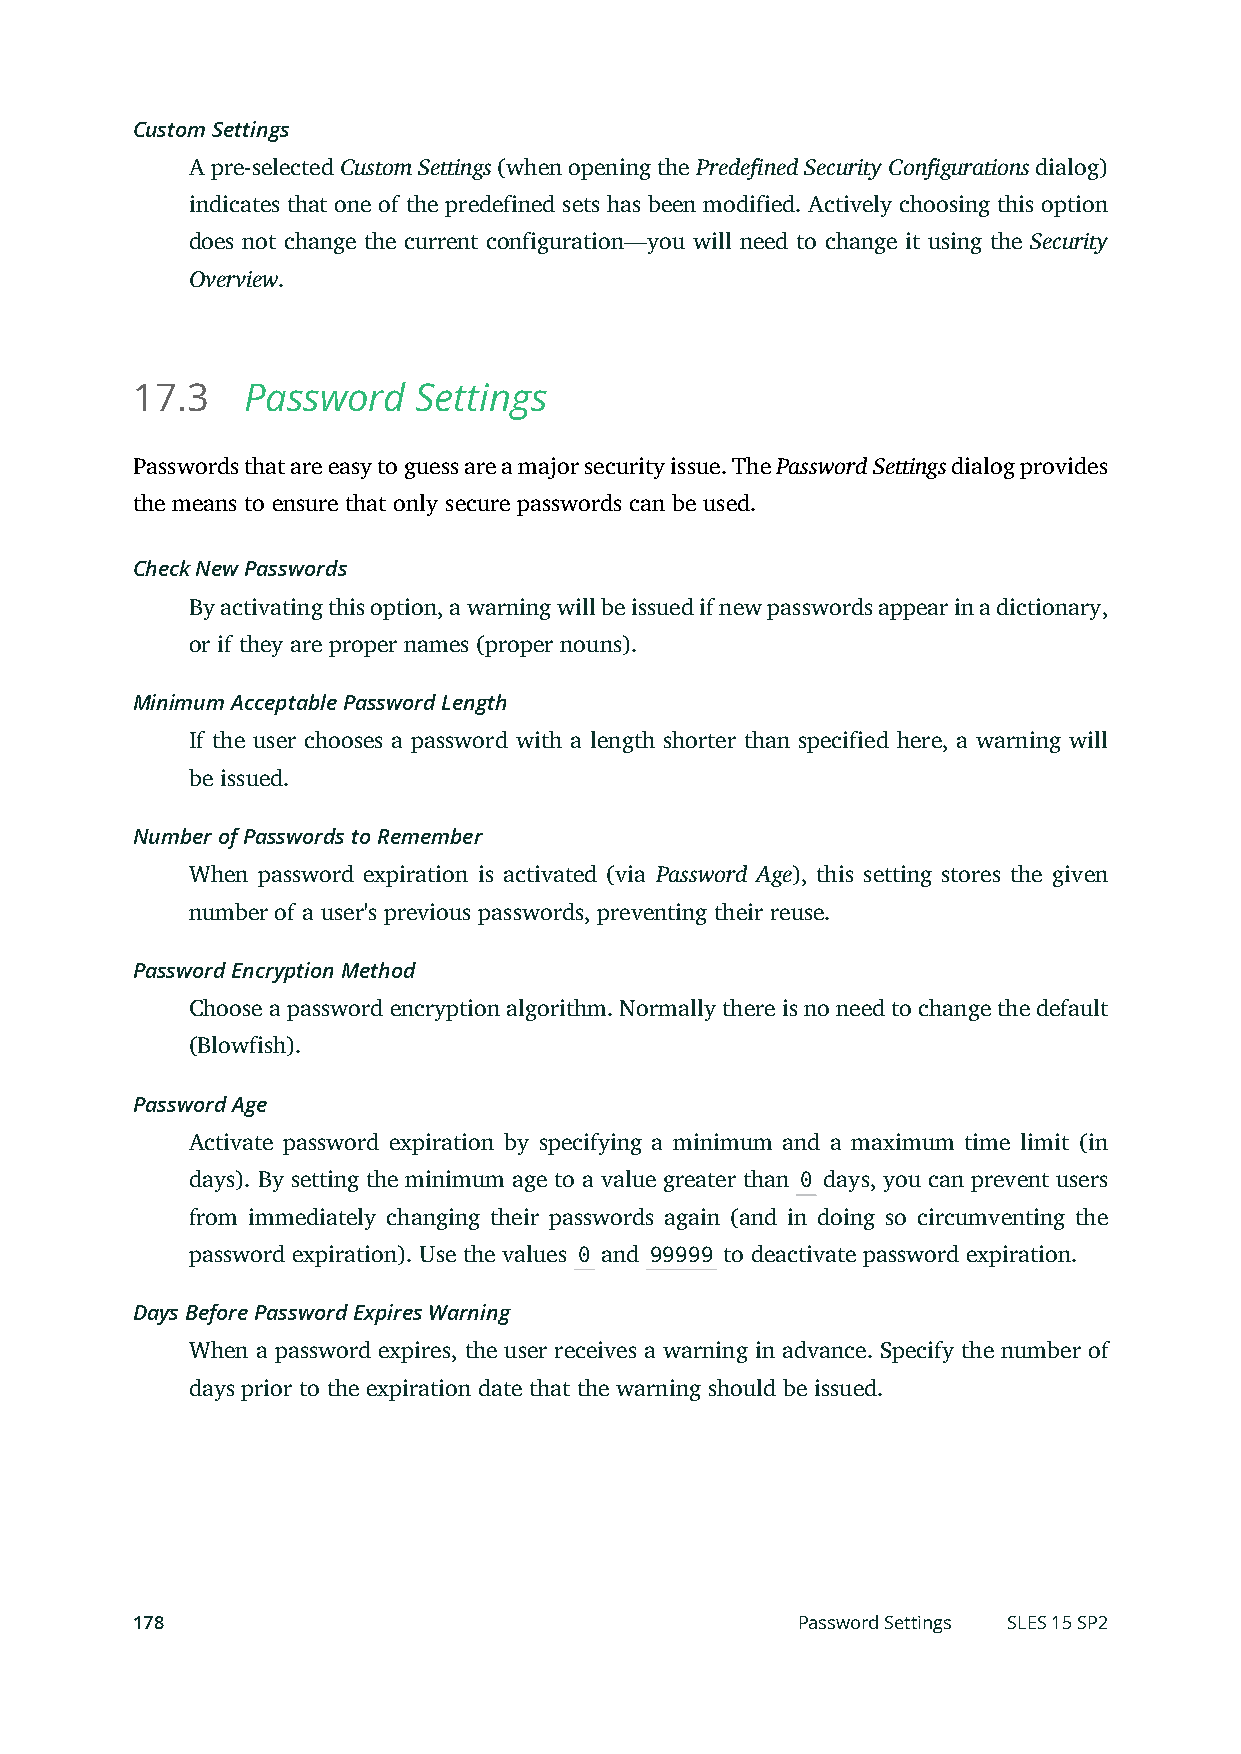
Custom Settings
 A pre-selected Custom Settings (when opening the Predefined Security Configurations dialog)
 indicates that one of the predefined sets has been modified. Actively choosing this option
 does not change the current configuration—you will need to change it using the Security
 Overview.
 17.3   Password    Settings
 Passwords that are easy to guess are a major security issue. The Password Settings dialog provides
 the means to ensure that only secure passwords can be used.
 Check New Passwords
 By activating this option, a warning will be issued if new passwords appear in a dictionary,
 or if they are proper names (proper nouns).
 Minimum Acceptable Password Length
 If the user chooses a password with a length shorter than specified here, a warning will
 be issued.
 Number of Passwords to Remember
 When password expiration is activated (via Password Age), this setting stores the given
 number of a user's previous passwords, preventing their reuse.
 Password Encryption Method
 Choose a password encryption algorithm. Normally there is no need to change the default
 (Blowfish).
 Password Age
 Activate password expiration by specifying a minimum and a maximum time limit (in
 days). By setting the minimum age to a value greater than 0 days, you can prevent users
 from immediately changing their passwords again (and in doing so circumventing the
 password expiration). Use the values 0 and 99999 to deactivate password expiration.
 Days Before Password Expires Warning
 When a password expires, the user receives a warning in advance. Specify the number of
 days prior to the expiration date that the warning should be issued.
 178                                         Password Settings SLES 15 SP2